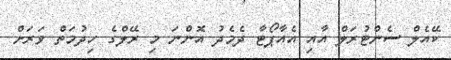
ކޭއެލް ސެންޓުރަލް އާއި އެއާޕޯޓާ ދެމެދު އޮންނަ މި ރޭލްގެ ހިދުމަތް ވަރަށް